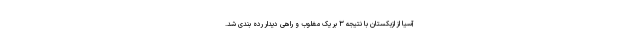
آسیا از ازبکستان با نتیجه ۳ بر یک مغلوب و راهی دیدار رده بندی شد.